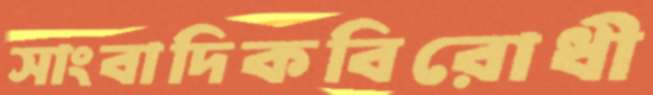
সাংবাদিকবিরোধী